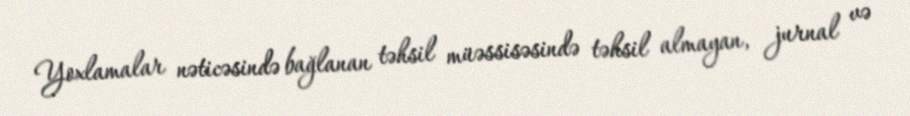
Yoxlamalar nəticəsində bağlanan təhsil müəssisəsində təhsil almayan, jurnal və